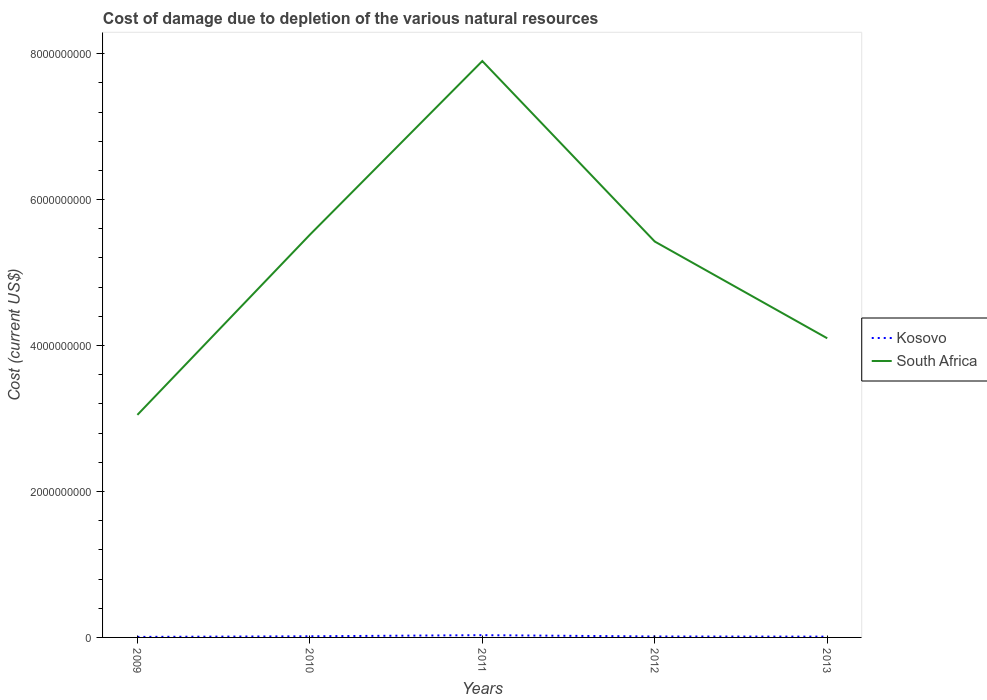
| Years | Kosovo | South Africa |
 | --- | --- | --- |
 | 2009 | 7.16e+06 | 3.05e+09 |
 | 2010 | 1.57e+07 | 5.52e+09 |
 | 2011 | 3.08e+07 | 7.9e+09 |
 | 2012 | 1.31e+07 | 5.43e+09 |
 | 2013 | 1.1e+07 | 4.1e+09 |